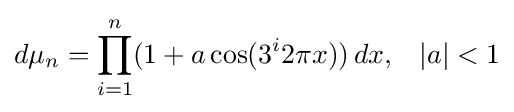
d\mu _{n}=\prod _{i=1}^{n}(1+a\cos(3^{i}2\pi x))\,dx,\;\;\;|a|<1